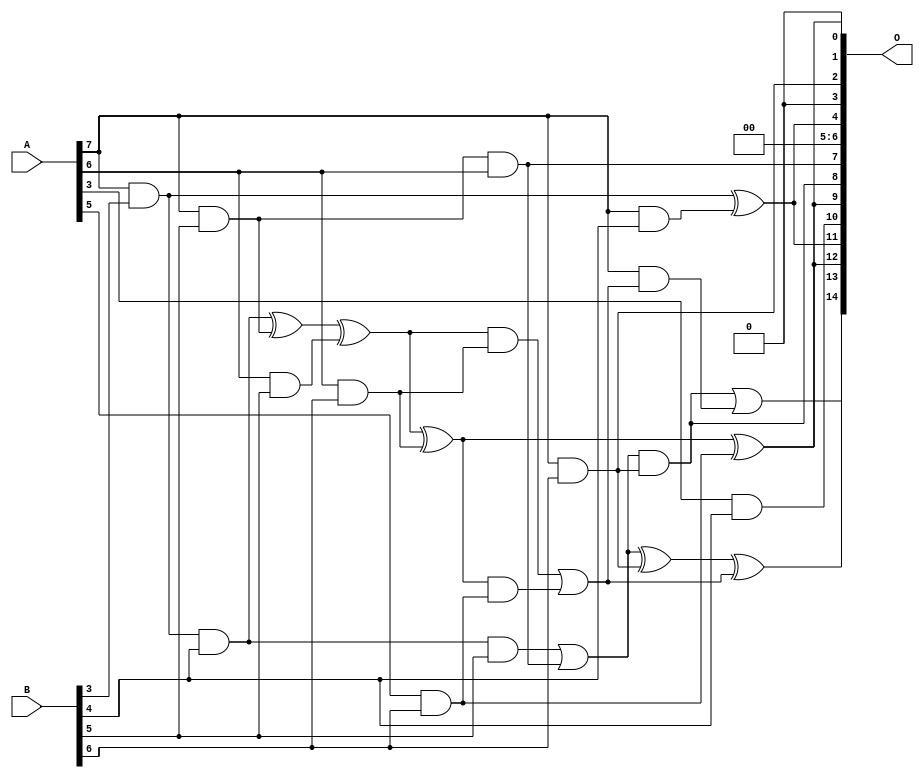
/***
* This code is a part of EvoApproxLib library (ehw.fit.vutbr.cz/approxlib) distributed under The MIT License.
* When used, please cite the following article(s): V. Mrazek, L. Sekanina, Z. Vasicek "Libraries of Approximate Circuits: Automated Design and Application in CNN Accelerators" IEEE Journal on Emerging and Selected Topics in Circuits and Systems, Vol 10, No 4, 2020 
* This file contains a circuit from a sub-set of pareto optimal circuits with respect to the pwr and mre parameters
***/
// MAE% = 3.19 %
// MAE = 1044 
// WCE% = 12.32 %
// WCE = 4037 
// WCRE% = 700.00 %
// EP% = 98.81 %
// MRE% = 35.41 %
// MSE = 16822.757e2 
// PDK45_PWR = 0.018 mW
// PDK45_AREA = 74.6 um2
// PDK45_DELAY = 0.37 ns

module mul8x7u_6PC (
    A,
    B,
    O
);

input [7:0] A;
input [6:0] B;
output [14:0] O;

wire sig_151,sig_162,sig_195,sig_196,sig_205,sig_207,sig_240,sig_241,sig_242,sig_243,sig_244,sig_249,sig_250,sig_251,sig_252,sig_280,sig_281,sig_282,sig_283,sig_284;
wire sig_285,sig_286,sig_287,sig_288,sig_289;

assign sig_151 = A[7] & B[3];
assign sig_162 = A[7] & B[4];
assign sig_195 = sig_151 ^ sig_162;
assign sig_196 = sig_151 & B[4];
assign sig_205 = A[6] & B[5];
assign sig_207 = A[7] & B[5];
assign sig_240 = sig_196 ^ sig_207;
assign sig_241 = sig_196 & B[5];
assign sig_242 = sig_207 & A[6];
assign sig_243 = sig_240 ^ sig_205;
assign sig_244 = sig_241 | sig_242;
assign sig_249 = A[3] & B[4];
assign sig_250 = A[5] & B[6];
assign sig_251 = A[6] & B[6];
assign sig_252 = A[7] & B[6];
assign sig_280 = sig_243 ^ sig_251;
assign sig_281 = sig_243 & sig_251;
assign sig_282 = sig_280 & sig_250;
assign sig_283 = sig_280 ^ sig_250;
assign sig_284 = sig_281 | sig_282;
assign sig_285 = sig_244 ^ sig_252;
assign sig_286 = sig_244 & sig_252;
assign sig_287 = A[7] & sig_284;
assign sig_288 = sig_285 ^ sig_284;
assign sig_289 = sig_286 | sig_287;

assign O[14] = sig_289;
assign O[13] = sig_288;
assign O[12] = sig_283;
assign O[11] = sig_195;
assign O[10] = sig_249;
assign O[9] = sig_283;
assign O[8] = sig_286;
assign O[7] = sig_242;
assign O[6] = 1'b0;
assign O[5] = 1'b0;
assign O[4] = sig_195;
assign O[3] = 1'b0;
assign O[2] = sig_252;
assign O[1] = sig_283;
assign O[0] = 1'b0;

endmodule